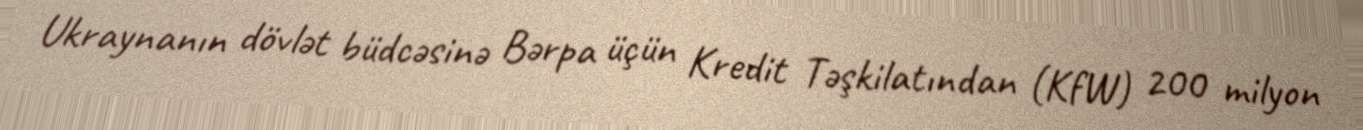
Ukraynanın dövlət büdcəsinə Bərpa üçün Kredit Təşkilatından (KfW) 200 milyon